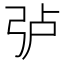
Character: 𱝜